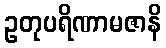
ဥတုပရိဏာမဇာနိ